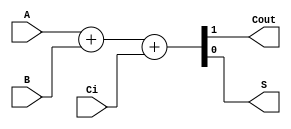
// En este caso se determina como unidad de tiempo del archivo 1 ns, mientras que a la simulacion se le asigna 1 ps de precision. 
`timescale 1ns / 1ps
//////////////////////////////////////////////////////////////////////////////////
// Company: 
// Engineer: 
// 
// Design Name: 
// Module Name:    sum1bcc 
// Project Name: 
// Target Devices: 
// Tool versions: 
// Description: 
//
// Dependencies: 
//
// Revision: 
// Revision 0.01 - File Created
// Additional Comments: 
//
//////////////////////////////////////////////////////////////////////////////////

// Se crea un modulo de nombre sum1bcc, el cual tiene como entradas A, B y Ci y como salidas Cout, S.
module sum1bcc (A, B, Ci,Cout,S);

  input  A;
  input  B;
  input  Ci; 
  output Cout;
  output S;
// Se crea un wire de nombre st como un bus de 2-bit, siendo st[1] el mas significativo y st[0] el menos significativo.
  wire [1:0] st;
// Se asigna el bit 0 de st a la variable de salida S pues en esta se almacena el resultado de la suma. 
  assign S = st[0];
// Se asigna el bit 1 de st a la variable de salida Cout pues en esta se almacena el carry de salida. 
  assign Cout = st[1];
// Se asigna a el bus st la suma de A, B y del carry de entrada.
  assign st  = 	A+B+Ci;
 
// Se culmina el bloque creado.  
endmodule